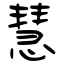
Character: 慧